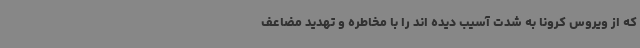
که از ویروس کرونا به شدت آسیب دیده اند را با مخاطره و تهدید مضاعف